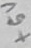
Text: +5V